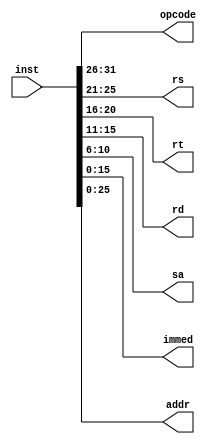
`timescale 1ns / 1ps
//////////////////////////////////////////////////////////////////////////////////
// Company:
// Engineer:
//
// Design Name:
// Module Name: Opdecoder
// Project Name:
// Target Devices:
// Tool Versions:
// Description:
//
// Dependencies:
//
// Revision:
// Revision 0.01 - File Created
// Additional Comments:
//
//////////////////////////////////////////////////////////////////////////////////


module Opdecoder(
    input [31:0] inst,
    output wire [5:0] opcode,
    output wire [4:0] rs,
    output wire [4:0] rt,
    output wire [4:0] rd,
    output wire [4:0] sa,
    output wire [15:0] immed,
    output wire [25:0] addr
    );

    assign opcode = inst[31:26];
    assign rs = inst[25:21];
    assign rt = inst[20:16];
    assign rd = inst[15:11];
    assign sa = inst[10:6];
    assign immed = inst[15:0];
    assign addr = inst[25:0];
endmodule